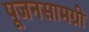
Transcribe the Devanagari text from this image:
पूजनसामग्री